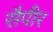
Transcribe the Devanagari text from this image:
सैपीर